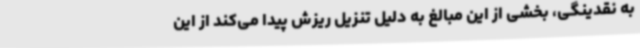
به نقدینگی، بخشی از این مبالغ به دلیل تنزیل ریزش پیدا می‌کند از این